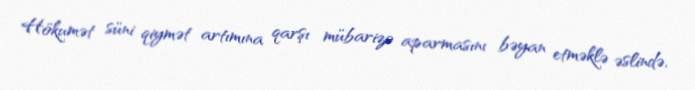
Hökumət süni qiymət artımına qarşı mübarizə aparmasını bəyan etməklə əslində,